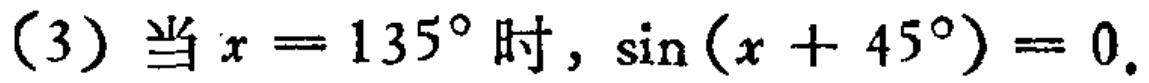
(3) 当 \(x = 135^{\circ}\) 时，\(\sin(x + 45^{\circ}) = 0\)。